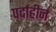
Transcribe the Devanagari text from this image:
पर्दाहीन